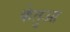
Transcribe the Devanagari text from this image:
केतुआ